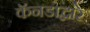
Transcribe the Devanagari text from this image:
कॅनडाद्वारे